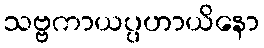
သဗ္ဗကာယပ္ပဟာယိနော